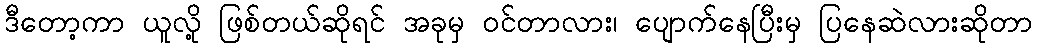
ဒီတော့ကာ ယူလို့ ဖြစ်တယ်ဆိုရင် အခုမှ ဝင်တာလား၊ ပျောက်နေပြီးမှ ပြနေဆဲလားဆိုတာ